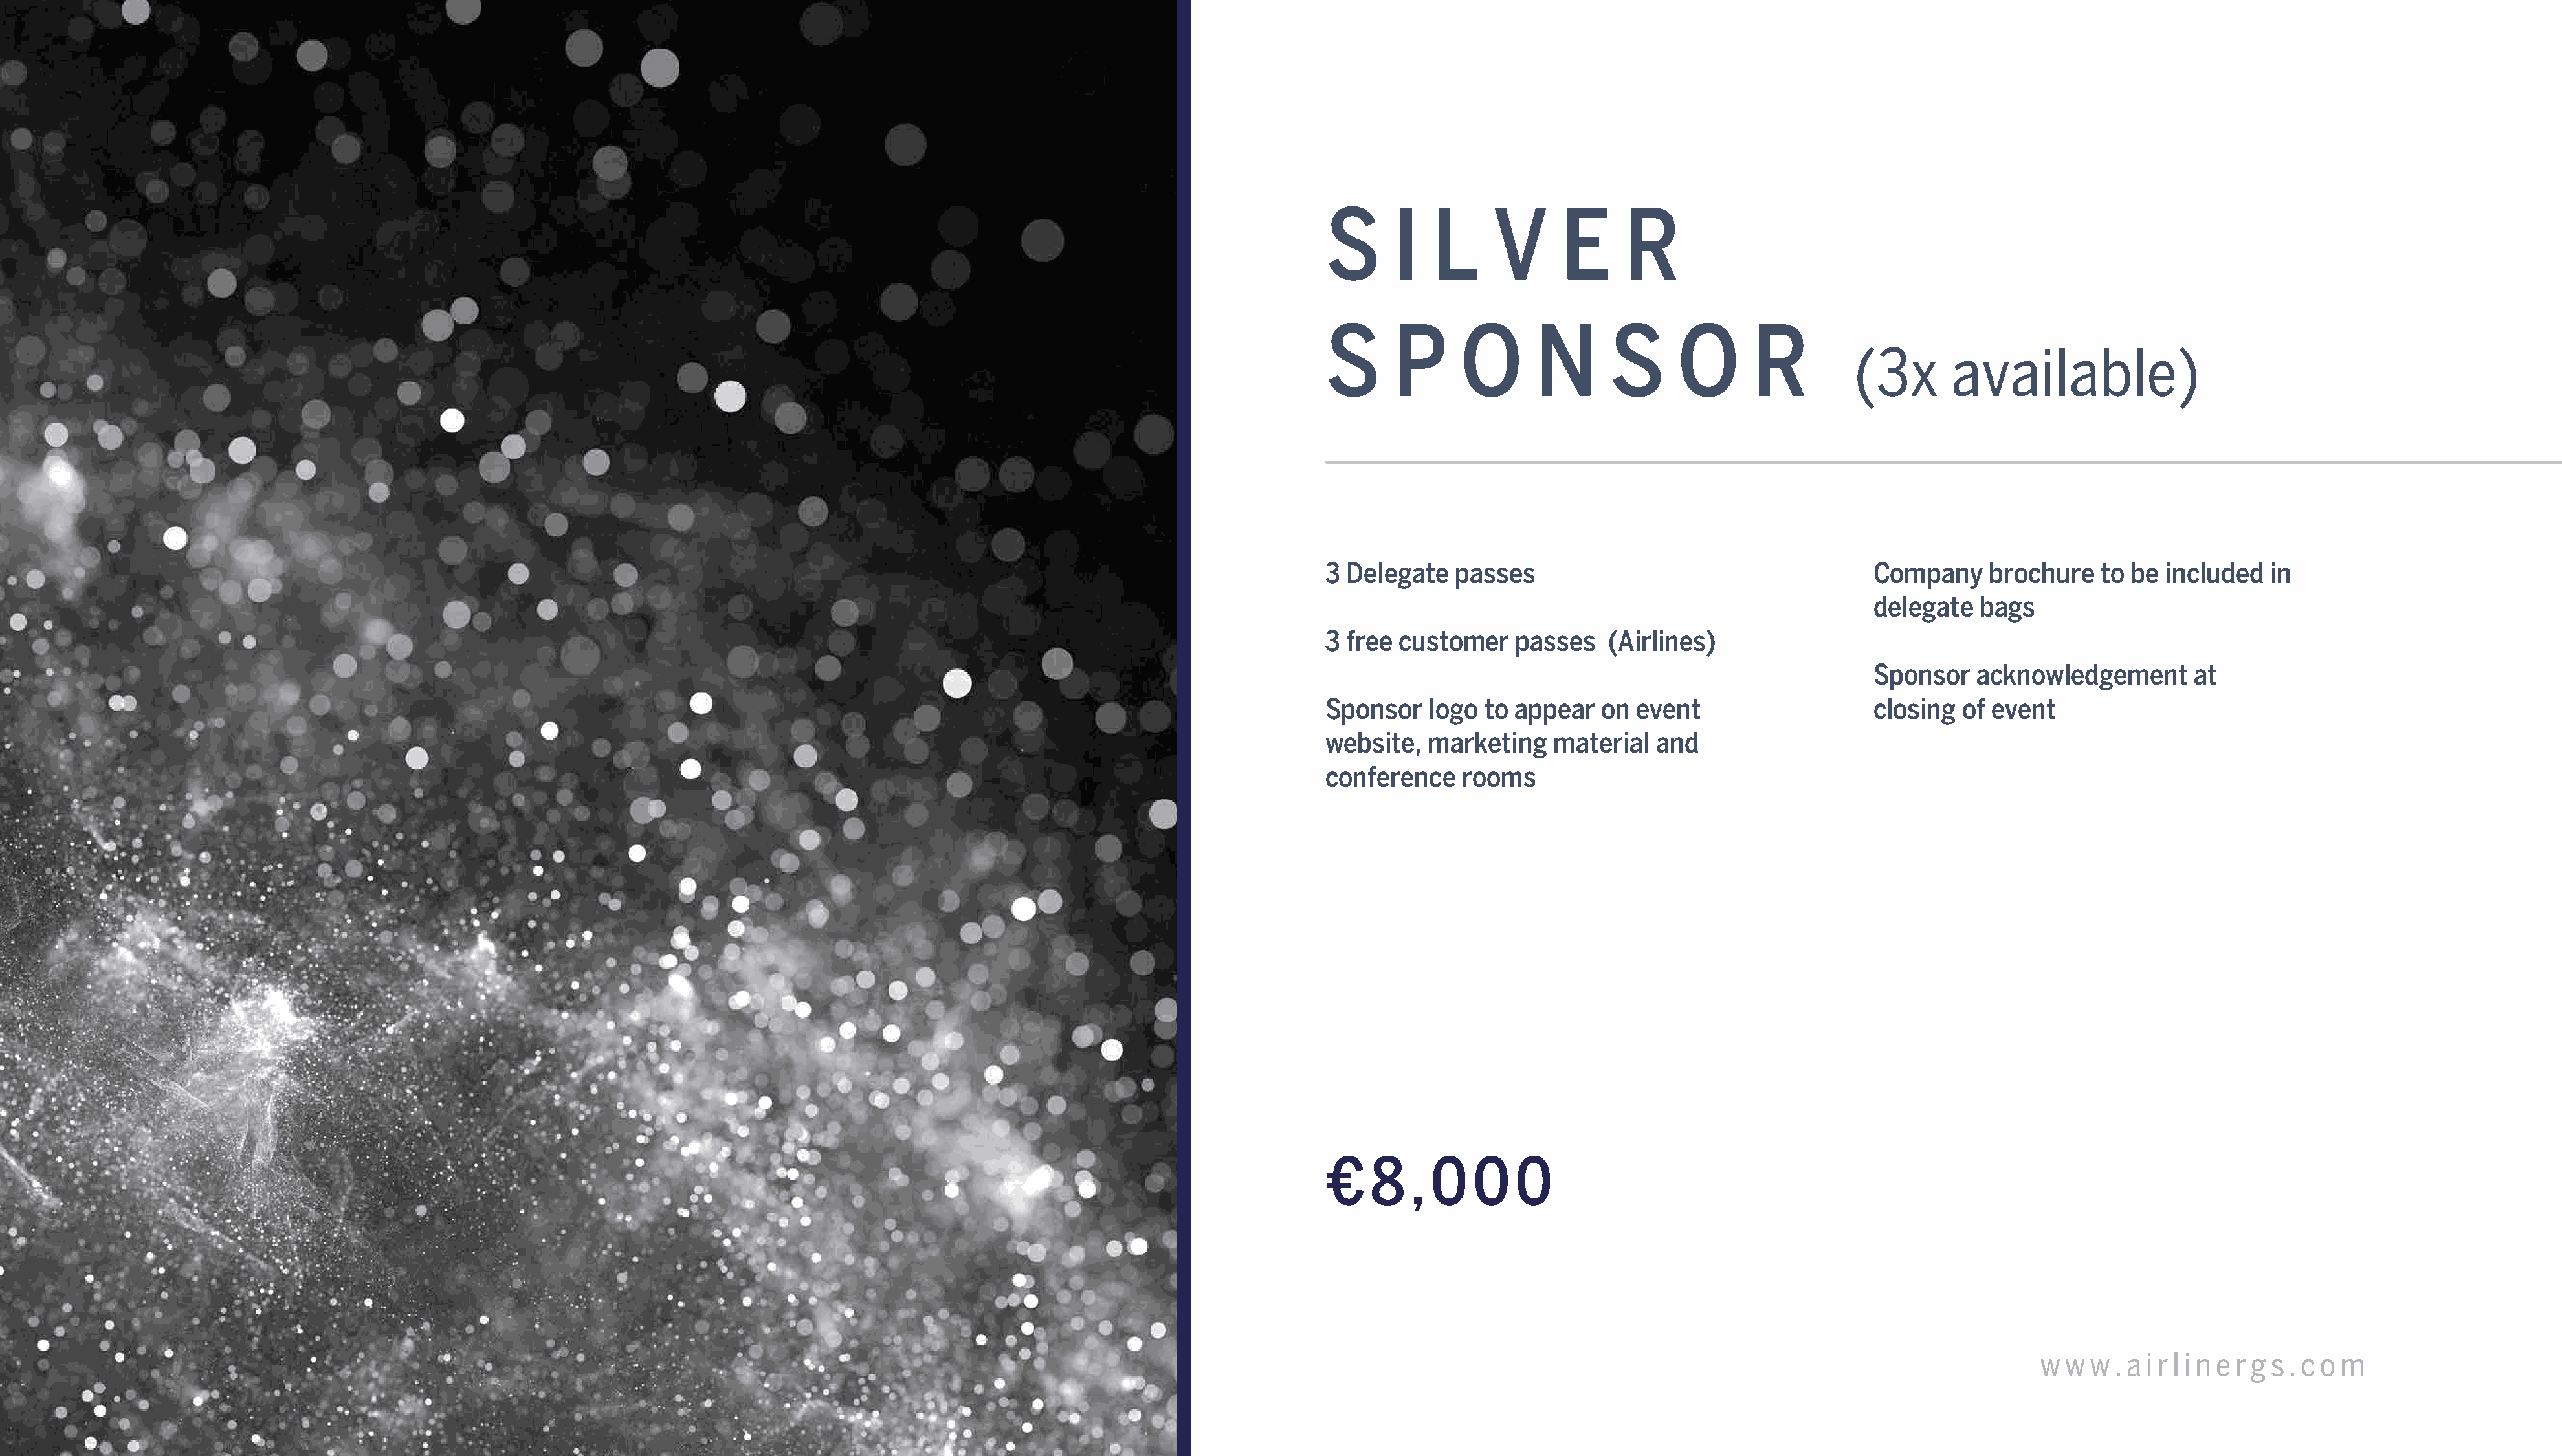
S      I  L      V      E     R
 S      P     O       N       S      O      R
 (3x       available)
 3 Delegate   passes                                     Company    brochure    to be included   in
 delegate  bags
 3 free customer    passes   (Airlines)
 Sponsor   acknowledgement       at
 Sponsor   logo  to appear   on event                    closing  of event
 website,  marketing    material  and
 conference    rooms
 €   8   , 0    0   0
 AGS    Global    Networking        Summit      2022                                                                                                                                          w w  w . a i r l i n e r g s . c o m